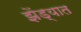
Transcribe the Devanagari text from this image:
झेंड्यात